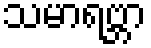
သမာရဗ္ဘာ